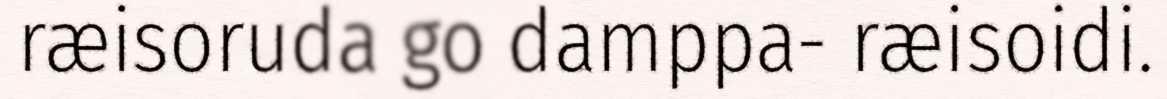
ræisoruda go damppa- ræisoidi.